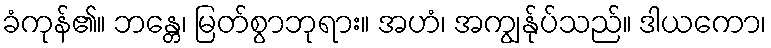
ခံကုန်၏။ ဘန္တေ၊ မြတ်စွာဘုရား။ အဟံ၊ အကျွန်ုပ်သည်။ ဒါယကော၊